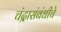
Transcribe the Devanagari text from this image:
चंद्रासंबंधीचे